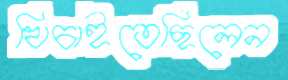
খিচাইতেছিলেন